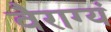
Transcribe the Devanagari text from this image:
वैराग्यं